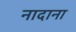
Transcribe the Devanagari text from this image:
नादाना